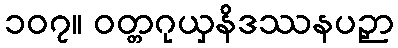
၁၀၇။ ဝတ္တဂုယှနိဒဿနပဉှာ